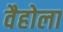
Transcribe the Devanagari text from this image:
वैहोला